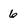
Character: 6